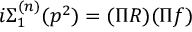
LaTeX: i \Sigma _ { 1 } ^ { ( n ) } ( p ^ { 2 } ) = ( \Pi R ) ( \Pi f )